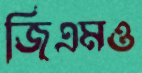
জিএমও